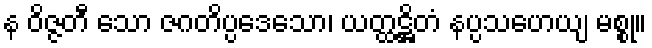
န ဝိဇ္ဇတီ သော ဇဂတိပ္ပဒေသော၊ ယတ္ထဋ္ဌိတံ နပ္ပသဟေယျ မစ္စု။